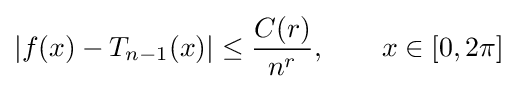
\left|f(x)-T_{n-1}(x)\right|\leq {\frac {C(r)}{n^{r}}},\qquad x\in [0,2\pi ]